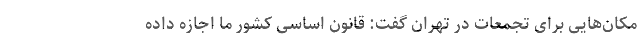
مکان‌هایی برای تجمعات در تهران گفت: قانون اساسی کشور ما اجازه داده